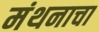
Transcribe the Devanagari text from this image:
मंथनाचा